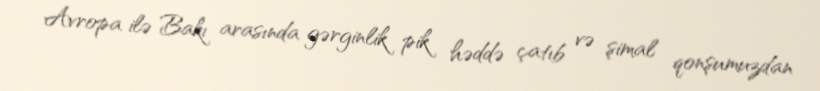
Avropa ilə Bakı arasında gərginlik pik həddə çatıb və şimal qonşumuzdan